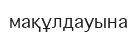
мақұлдауына